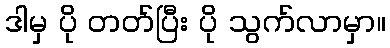
ဒါမှ ပို တတ်ပြီး ပို သွက်လာမှာ။